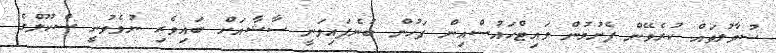
ސުވާލުތައް ކުރެވޭން ފެށުމުން ވައިޓްހައުސްއިން ފަހުން ބުނެފައިވަނީ ސާޝާއަށް ބައިވެރި ނުވެވުނީ ސްކޫލްގެ